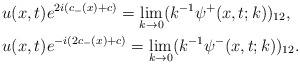
\begin{align*}&u(x,t)e^{2i(c_-(x)+c)}=\lim _{k\rightarrow 0}(k^{-1}\psi^+(x,t;k))_{12},\\&u(x,t)e^{-i(2c_-(x)+c)}=\lim _{k\rightarrow 0}(k^{-1}\psi^-(x,t;k))_{12}.\end{align*}